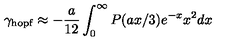
\gamma _ { \mathrm { h o p f } } \approx - \frac { a } { 1 2 } \int _ { 0 } ^ { \infty } P ( a x / 3 ) e ^ { - x } x ^ { 2 } d x